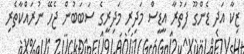
ޒިކާ އަދި ޑެންގޫ ފަތުރާ އީޑީސް މަދިރި މަދިރީގެ ސަބަބުން ޖެހޭ ނުރައްކާތެރި